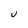
Character: U